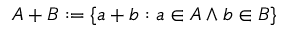
A + B : = \{ a + b : a \in A \land b \in B \}